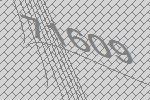
71609